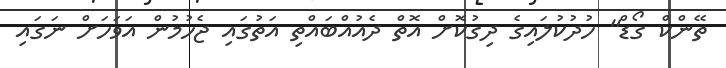
ތޭންކް ގޯޑް" ހުދުކުލައިގެ ދިގުކޮށް އޮތް ދެއުއްބައްތި އަތުގައި ޖެހުމުން އަވަހަށް ނަގައި